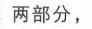
两部分，